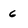
Character: 6